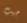
جيب